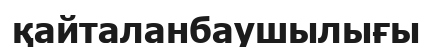
қайталанбаушылығы